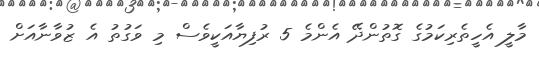
މާލީ އެހީތެރިކަމުގެ ގޮތުންދޭ އެންމެ 5 ރުފިޔާއަކީވެސް މި ވަގުތު އެ ޒުވާނާއަށް